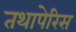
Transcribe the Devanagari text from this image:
तथापेरिस